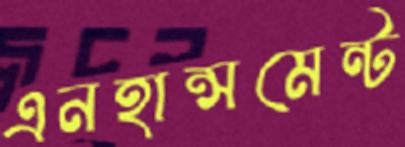
এনহান্সমেন্ট